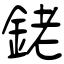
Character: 銠